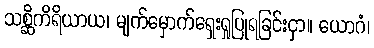
သစ္ဆိကိရိယာယ၊ မျက်မှောက်ရှေးရှုပြုရခြင်းငှာ။ ယောဂံ၊